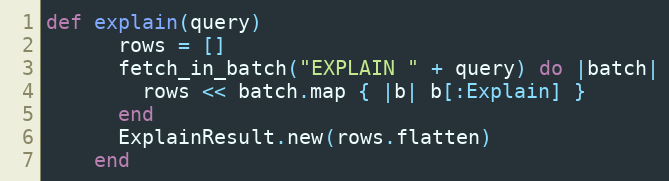
Language: Ruby
def explain(query)
      rows = []
      fetch_in_batch("EXPLAIN " + query) do |batch|
        rows << batch.map { |b| b[:Explain] }
      end
      ExplainResult.new(rows.flatten)
    end